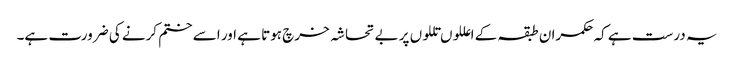
یہ درست ہے کہ حکمران طبقہ کے اعللوں تللوں پر بے تحاشہ خرچ ہوتا ہے اور اسے ختم کرنے کی ضرورت ہے۔